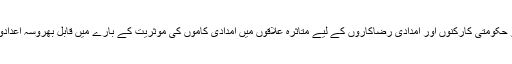
اسمارٹ فون فراہمی: اسمارٹ فونز حکومتی کارکنوں اور امدادی رضاکاروں کے لیے متاثرہ علاقوں میں امدادی کاموں کی موثریت کے بارے میں قابل بھروسہ اعدادوشمار اکٹھا کرنا ممکن بنائیں گے۔